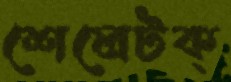
শেলেটক্